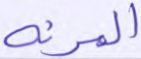
المرنة